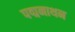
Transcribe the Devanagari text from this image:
पद्मनाथन